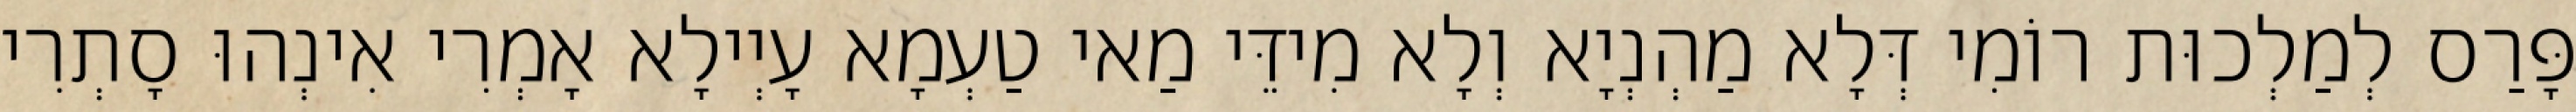
פָּרַס לְמַלְכוּת רוֹמִי דְּלָא מַהְנְיָא וְלָא מִידֵּי מַאי טַעְמָא עָיְילָא אָמְרִי אִינְהוּ סָתְרִי